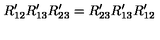
R _ { 1 2 } ^ { \prime } R _ { 1 3 } ^ { \prime } R _ { 2 3 } ^ { \prime } = R _ { 2 3 } ^ { \prime } R _ { 1 3 } ^ { \prime } R _ { 1 2 } ^ { \prime }